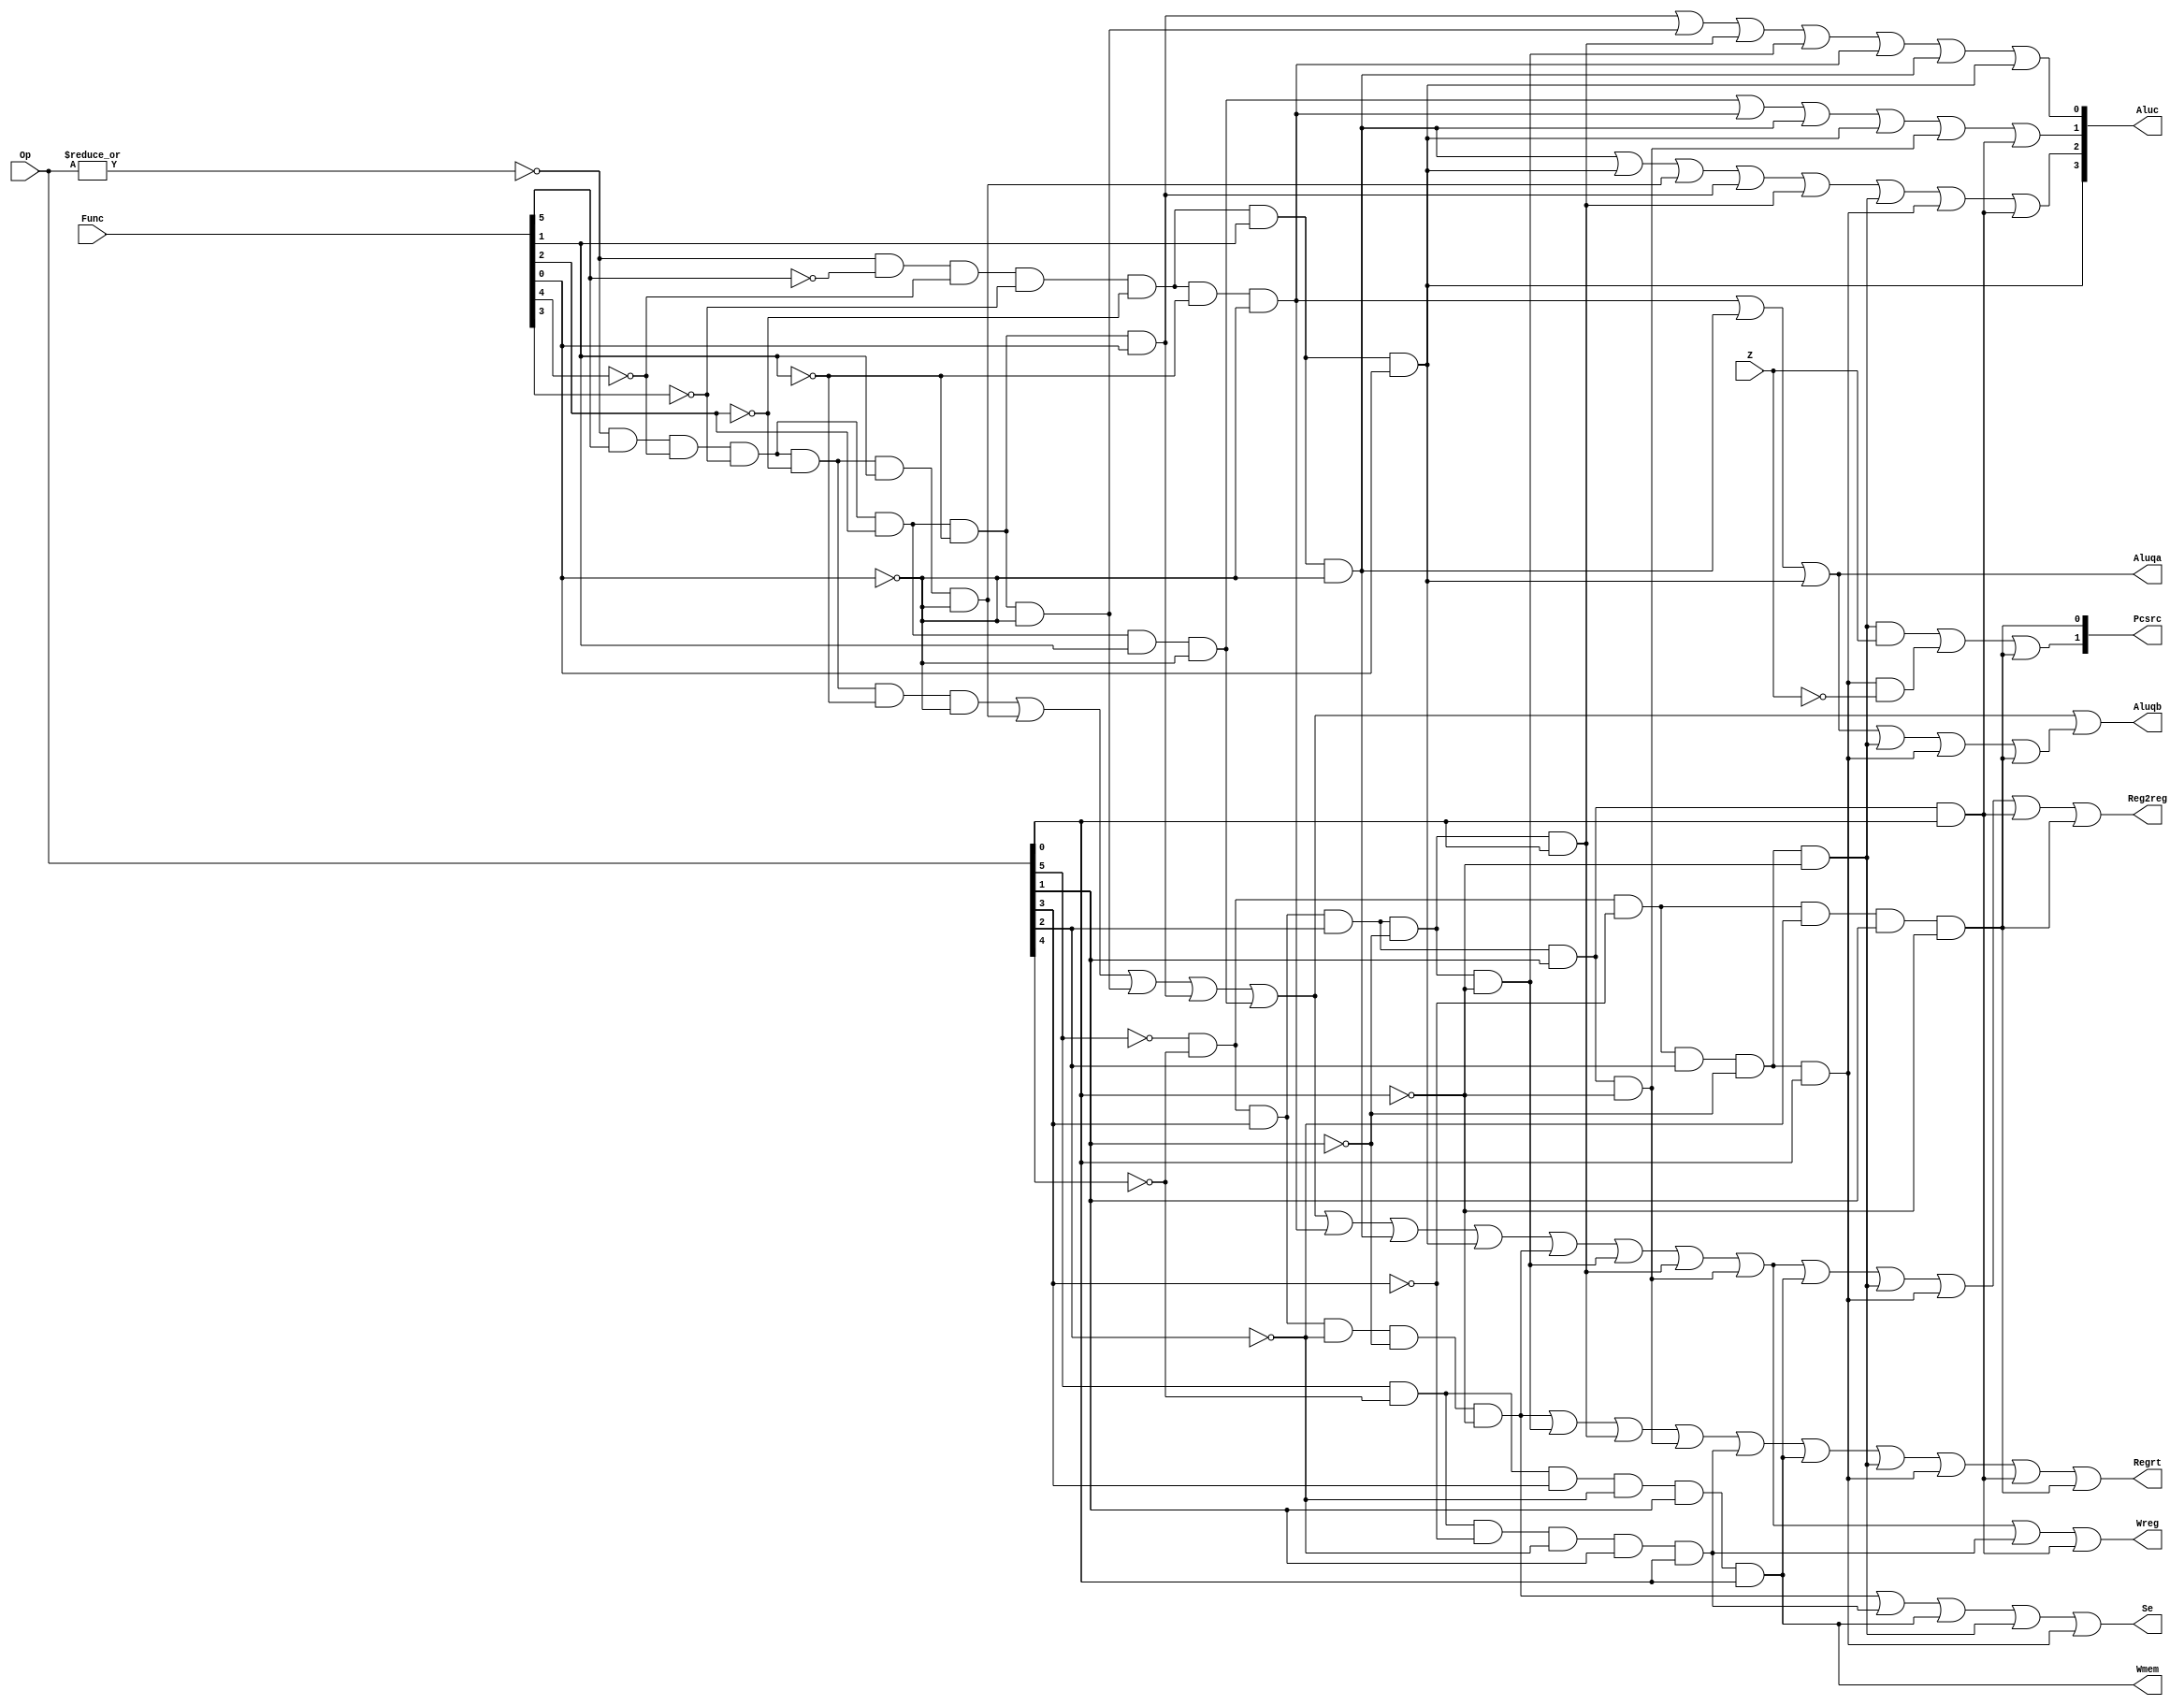
`timescale 1ns / 1ps
//////////////////////////////////////////////////////////////////////////////////
// Company: 
// Engineer: 
// 
// Design Name: 
// Module Name: CONUNIT
// Project Name: 
// Target Devices: 
// Tool Versions: 
// Description: 
// 
// Dependencies: 
// 
// Revision:
// Revision 0.01 - File Created
// Additional Comments:
// 
//////////////////////////////////////////////////////////////////////////////////


module CONUNIT(Op,Func,Z,Regrt,Se,Wreg,Aluqa,Aluqb,Aluc,Wmem,Pcsrc,Reg2reg);
input [5:0]Op,Func;
input Z;
output Regrt,Se,Wreg,Aluqb,Wmem,Reg2reg,Aluqa;
output [1:0]Pcsrc;
output [3:0]Aluc;
wire R_type=~|Op;
wire I_add=R_type&Func[5]&~Func[4]&~Func[3]&~Func[2]&~Func[1]&~Func[0];
wire I_sub=R_type&Func[5]&~Func[4]&~Func[3]&~Func[2]&Func[1]&~Func[0];
wire I_and=R_type&Func[5]&~Func[4]&~Func[3]&Func[2]&~Func[1]&~Func[0];
wire I_or=R_type&Func[5]&~Func[4]&~Func[3]&Func[2]&~Func[1]&Func[0];
wire I_xor=R_type&Func[5]&~Func[4]&~Func[3]&Func[2]&Func[1]&~Func[0];
wire I_sll=R_type&~Func[5]&~Func[4]&~Func[3]&~Func[2]&~Func[1]&~Func[0];
wire I_srl=R_type&~Func[5]&~Func[4]&~Func[3]&~Func[2]&Func[1]&~Func[0];
wire I_sra=R_type&~Func[5]&~Func[4]&~Func[3]&~Func[2]&Func[1]&Func[0];
wire I_jr=R_type&~Func[5]&~Func[4]&Func[3]&~Func[2]&~Func[1]&~Func[0];
wire I_addi=~Op[5]&~Op[4]&Op[3]&~Op[2]&~Op[1]&~Op[0];
wire I_andi=~Op[5]&~Op[4]&Op[3]&Op[2]&~Op[1]&~Op[0];
wire I_ori=~Op[5]&~Op[4]&Op[3]&Op[2]&~Op[1]&Op[0];
wire I_xori=~Op[5]&~Op[4]&Op[3]&Op[2]&Op[1]&~Op[0];
wire I_lw=Op[5]&~Op[4]&~Op[3]&~Op[2]&Op[1]&Op[0];
wire I_sw=Op[5]&~Op[4]&Op[3]&~Op[2]&Op[1]&Op[0];
wire I_beq=~Op[5]&~Op[4]&~Op[3]&Op[2]&~Op[1]&~Op[0];
wire I_bne=~Op[5]&~Op[4]&~Op[3]&Op[2]&~Op[1]&Op[0];
wire I_lui=~Op[5]&~Op[4]&Op[3]&Op[2]&Op[1]&Op[0];
wire I_j=~Op[5]&~Op[4]&~Op[3]&~Op[2]&Op[1]&~Op[0];
assign Regrt=I_addi|I_andi|I_ori|I_xori|I_lw|I_sw|I_beq|I_bne|I_lui|I_j;
assign Se=I_addi|I_lw|I_sw|I_beq|I_bne;
assign Wreg=I_add|I_sub|I_and|I_or|I_xor|I_sll|I_srl|I_sra|I_addi|I_andi|I_ori|I_xori|I_lw|I_lui;
assign Aluqb=I_add|I_sub|I_and|I_or|I_xor||I_sll|I_srl|I_sra|I_beq|I_bne|I_j;
assign Aluc[3]=I_sra;
assign Aluc[2]=I_srl|I_sra|I_sub|I_or|I_ori|I_beq|I_bne|I_lui;
assign Aluc[1]=I_xor|I_sll|I_srl|I_sra|I_xori|I_lui;
assign Aluc[0]=I_or|I_and|I_ori|I_andi|I_sll|I_srl|I_sra;
assign Wmem=I_sw;
assign Pcsrc[1]=I_beq&Z|I_bne&~Z|I_j;
assign Pcsrc[0]=I_j;
assign Reg2reg=I_add|I_sub|I_and|I_or|I_xor|I_sll|I_srl|I_sra|I_addi|I_andi|I_ori|I_xori|I_sw|I_beq|I_bne|I_lui|I_j;
assign Aluqa=I_sll|I_srl|I_sra;
endmodule